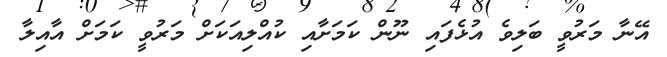
އޭނާ މަރުވީ ބަލިވެ އުޅެފައި ނޫން ކަމަށާއި ކުއްލިއަކަށް މަރުވީ ކަމަށް އާއިލާ